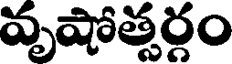
వృషోత్సర్గం